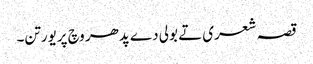
قصہ شعری تے بولی دے پدھر وچ پریورتن۔